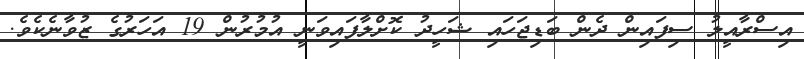
އިސްރާއީލު ސިފައިން ދެން ބަޑިޖަހައި ޝަހީދު ކޮށްލާފައިވަނީ އުމުރުން 19 އަހަރުގެ ޒުވާނެކެވެ.